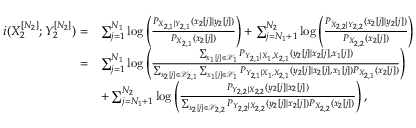
\begin{array} { r l } { i ( X _ { 2 } ^ { [ N _ { 2 } ] } ; Y _ { 2 } ^ { [ N _ { 2 } ] } ) = } & { \sum _ { j = 1 } ^ { N _ { 1 } } \log \left( \frac { P _ { X _ { 2 , 1 } | Y _ { 2 , 1 } } ( x _ { 2 } [ j ] | y _ { 2 } [ j ] ) } { P _ { X _ { 2 , 1 } } ( x _ { 2 } [ j ] ) } \right) + \sum _ { j = N _ { 1 } + 1 } ^ { N _ { 2 } } \log \left( \frac { P _ { X _ { 2 , 2 } | Y _ { 2 , 2 } } ( x _ { 2 } [ j ] | y _ { 2 } [ j ] ) } { P _ { X _ { 2 , 2 } } ( x _ { 2 } [ j ] ) } \right) } \\ { = } & { \sum _ { j = 1 } ^ { N _ { 1 } } \log \left( \frac { \sum _ { x _ { 1 } [ j ] \in \mathcal { X } _ { 1 } } P _ { Y _ { 2 , 1 } | X _ { 1 } , X _ { 2 , 1 } } ( y _ { 2 } [ j ] | x _ { 2 } [ j ] , x _ { 1 } [ j ] ) } { \sum _ { x _ { 2 } [ j ] \in \mathcal { X } _ { 2 , 1 } } \sum _ { x _ { 1 } [ j ] \in \mathcal { X } _ { 1 } } P _ { Y _ { 2 , 1 } | X _ { 1 } , X _ { 2 , 1 } } ( y _ { 2 } [ j ] | x _ { 2 } [ j ] , x _ { 1 } [ j ] ) P _ { X _ { 2 , 1 } } ( x _ { 2 } [ j ] ) } \right) } \\ & { + \sum _ { j = N _ { 1 } + 1 } ^ { N _ { 2 } } \log \left( \frac { P _ { Y _ { 2 , 2 } | X _ { 2 , 2 } } ( y _ { 2 } [ j ] | x _ { 2 } [ j ] ) } { \sum _ { x _ { 2 } [ j ] \in \mathcal { X } _ { 2 , 2 } } P _ { Y _ { 2 , 2 } | X _ { 2 , 2 } } ( y _ { 2 } [ j ] | x _ { 2 } [ j ] ) P _ { X _ { 2 , 2 } } ( x _ { 2 } [ j ] ) } \right) , } \end{array}